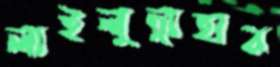
লাইলুন্নাহার